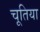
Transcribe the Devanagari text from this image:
चूतिया